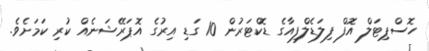
ހޮސްޕިޓަލް އޮފް ފިލަޑެލްފިއާގެ ޑޮކްޓަރުން 10 ގަޑި އިރުގެ އޮޕަރޭޝަނެއް ކުރި ކަމަށެވެ.